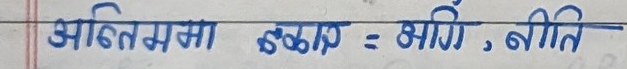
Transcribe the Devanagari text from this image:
अहितमा कलाप : भाँग, नीति